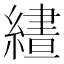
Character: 𮉂